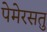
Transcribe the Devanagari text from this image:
पेमेरसतु